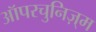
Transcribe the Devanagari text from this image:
ऑपरचुनिज़्म